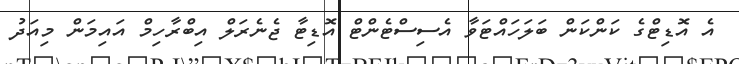
އެ އޮޑިޓްގެ ކަންކަން ބަލަހައްޓަވާ އެސިސްޓެންޓް އޮޑިޓާ ޖެނެރަލް އިބްރާހިމް އައިމަން މިއަދު